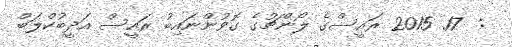
:  17